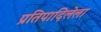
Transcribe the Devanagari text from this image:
प्रतिपादिलेला